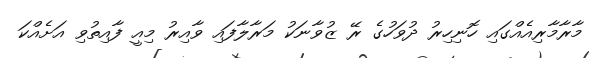
މާރާމާރިއެއްގައި ހޮނިހިރު ދުވަހުގެ ރޭ ޒުވާނަކު މަރާލާފައި ވާއިރު މިއީ ފާއިތުވި އަށެއްކަ